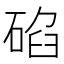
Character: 𥓒